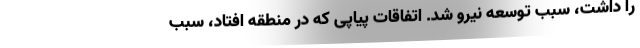
را داشت،‌ سبب توسعه نیرو شد. اتفاقات پیاپی که در منطقه افتاد، سبب